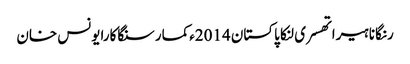
رنگانا ہیراتھسری لنکا پاکستان 2014ءکمار سنگاکارایونس خان